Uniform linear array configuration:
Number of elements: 24
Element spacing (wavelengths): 0.25
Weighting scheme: exponential
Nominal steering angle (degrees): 15
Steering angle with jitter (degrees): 13.723
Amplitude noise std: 0.05
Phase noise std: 0.05

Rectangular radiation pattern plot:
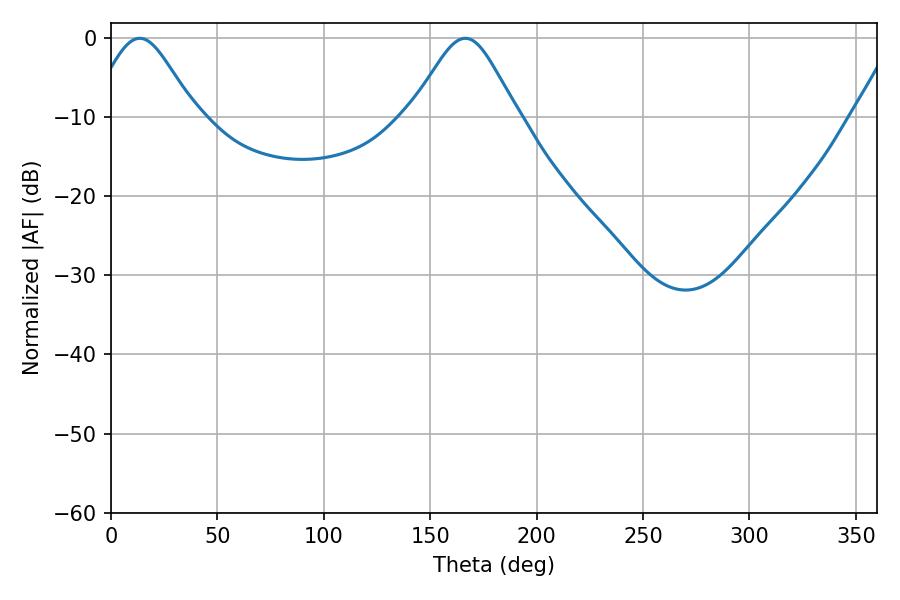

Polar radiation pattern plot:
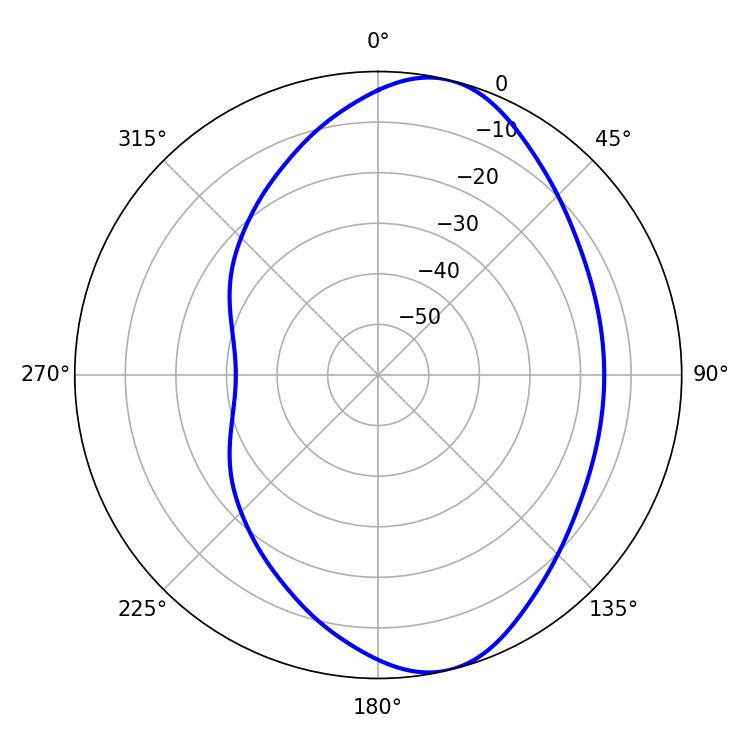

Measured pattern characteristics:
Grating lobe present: FALSE
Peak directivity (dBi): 8.446
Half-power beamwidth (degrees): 24.3
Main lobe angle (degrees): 13.5